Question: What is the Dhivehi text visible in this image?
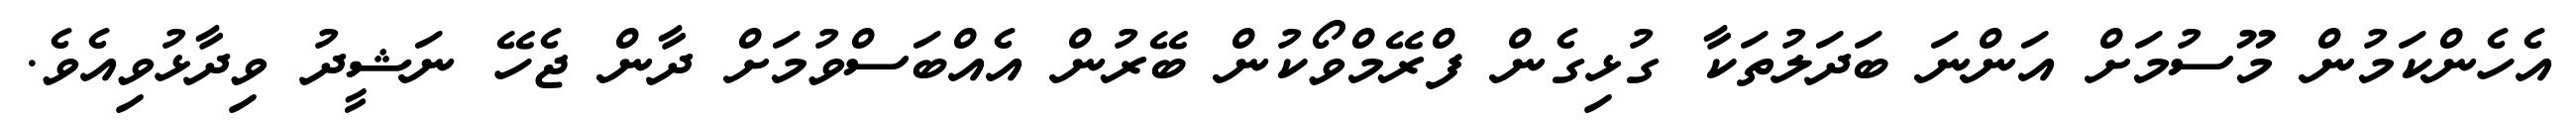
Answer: އެހެންކަމުން މޫސުމަށް އަންނަ ބަދަލުތަކާ ގުޅިގެން ފްރޭމްވޯކުން ބޭރުން އެއްބަސްވުމަށް ދާން ޖެހޭ ނަޝީދު ވިދާޅުވިއެވެ.